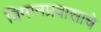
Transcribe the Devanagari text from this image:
विमानप्रवासाचे